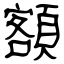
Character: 額